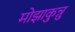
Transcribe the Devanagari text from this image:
मोझाकुन्नु